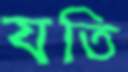
যতি